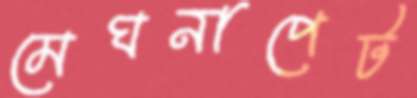
মেঘনাপেট